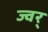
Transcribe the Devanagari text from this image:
ज्वर्